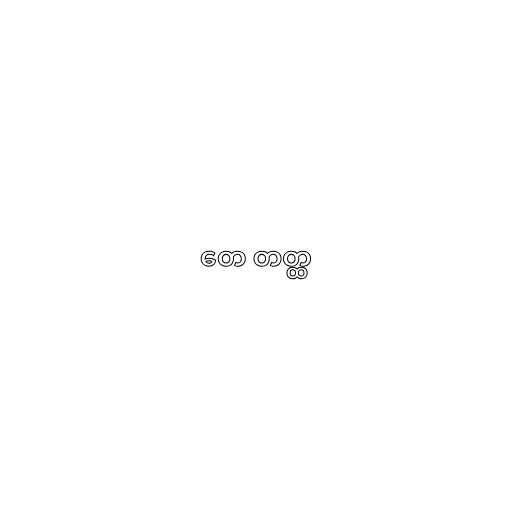
တေ တတ္ထ